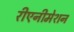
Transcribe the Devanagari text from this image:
रीएनीमेशन